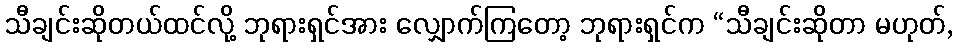
သီချင်းဆိုတယ်ထင်လို့ ဘုရားရှင်အား လျှောက်ကြတော့ ဘုရားရှင်က “သီချင်းဆိုတာ မဟုတ်,